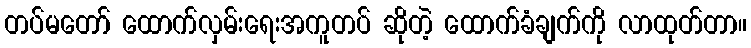
တပ်မတော် ထောက်လှမ်းရေးအကူတပ် ဆိုတဲ့ ထောက်ခံချက်ကို လာထုတ်တာ။